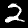
Label: 2